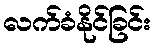
လက်ခံနိုင်ခြင်း